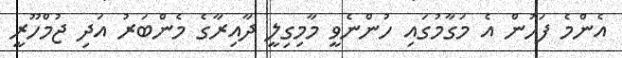
އެންމެ ފަހުން އެ މަގާމުގައި ހުންނެވީ މާމިގިލީ ދާއިރާގެ މެންބަރު އަދި ޖުމްހޫރީ